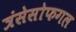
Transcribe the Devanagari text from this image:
त्रंसेसोफगल